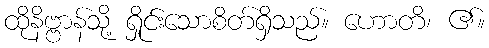
ထိုနိဗ္ဗာန်သို့ ရှိုင်းသောစိတ်ရှိသည်။ ဟောတိ၊ ၏။